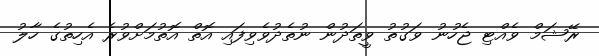
ރޭޝަމް ވެއްޓި ޖެހުނު ވަގުތު ވީތަދުން ނުތެދުވެވިފައި އޮތް އޮތުމަށްވުރެ އެހިތުގެ ހާލު